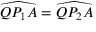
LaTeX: { \widehat { Q P _ { 1 } A } } = { \widehat { Q P _ { 2 } A } }